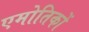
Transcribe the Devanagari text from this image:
एमोतिकों